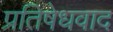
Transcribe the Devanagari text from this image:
प्रतिषेधवाद